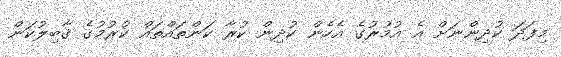
މިފަދަ ކުދިންނަށް އެ އުމުރުގެ އެހެން ކުދިން ކުރާ ކަންތައްތައް ކުރުމުގެ ޤާބިލުކަން